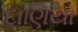
દાણિયા